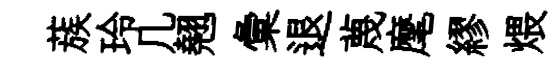
蔟玲几翹彙退蔑麾繆煨